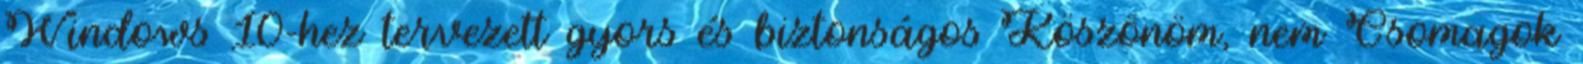
Windows 10-hez tervezett gyors és biztonságos Köszönöm, nem Csomagok